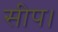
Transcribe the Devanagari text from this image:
सीप।